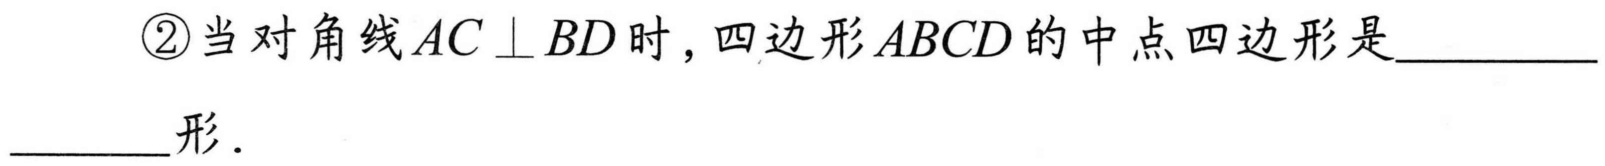
\textcircled{2}当对角线$AC\perp BD$时，四边形$ABCD$的中点四边形是______________形．